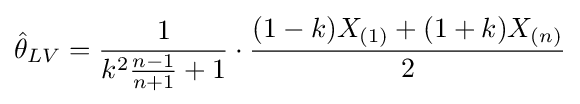
{\hat {\theta }}_{LV}={\frac {1}{k^{2}{\frac {n-1}{n+1}}+1}}\cdot {\frac {(1-k)X_{(1)}+(1+k)X_{(n)}}{2}}